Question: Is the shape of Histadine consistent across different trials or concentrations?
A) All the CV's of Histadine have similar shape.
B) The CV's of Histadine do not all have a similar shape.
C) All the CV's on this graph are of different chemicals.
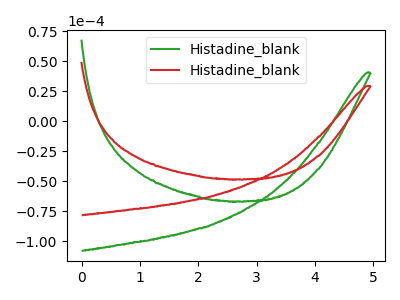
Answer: <think>The green curve "Histadine_blank1" has no peaks. The red curve "Histadine_blank2" has no peaks.
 Neither "Histadine_blank1" or "Histadine_blank2" have any peaks.</think>
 <answer>A) All the CV's of "Histadine" have similar shape.</answer>
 <eval>A</eval>